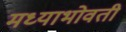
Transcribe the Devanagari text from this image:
मध्याभोवती